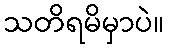
သတိရမိမှာပဲ။